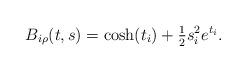
LaTeX: \begin{align*}B_{i\rho}(t,s) &= \cosh(t_i)+\tfrac12 s_i^2 e^{t_i}. \end{align*}